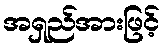
အရှည်အားဖြင့်